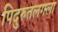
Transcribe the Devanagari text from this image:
पिदुरुतलगला